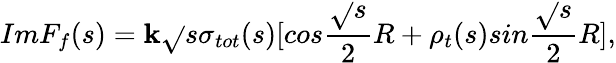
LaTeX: ImF_{f}(s)=\mathbf{k}\sqrt{}{{s}}\sigma_{tot}(s)[cos\frac{{\sqrt{}{{s}}}}{{2}}R+\rho_{t}(s)sin\frac{{\sqrt{}{{s}}}}{{2}}R],